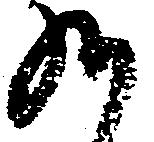
九